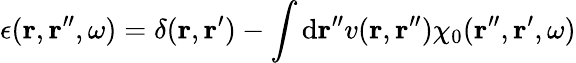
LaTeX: \epsilon(\mathbf{r},\mathbf{r}^{\prime\prime},\omega)=\delta(\mathbf{r},\mathbf{r}^{\prime})-\int\mathrm{d}\mathbf{r}^{\prime\prime}v(\mathbf{r},\mathbf{r}^{\prime\prime})\chi_{0}(\mathbf{r}^{\prime\prime},\mathbf{r}^{\prime},\omega)